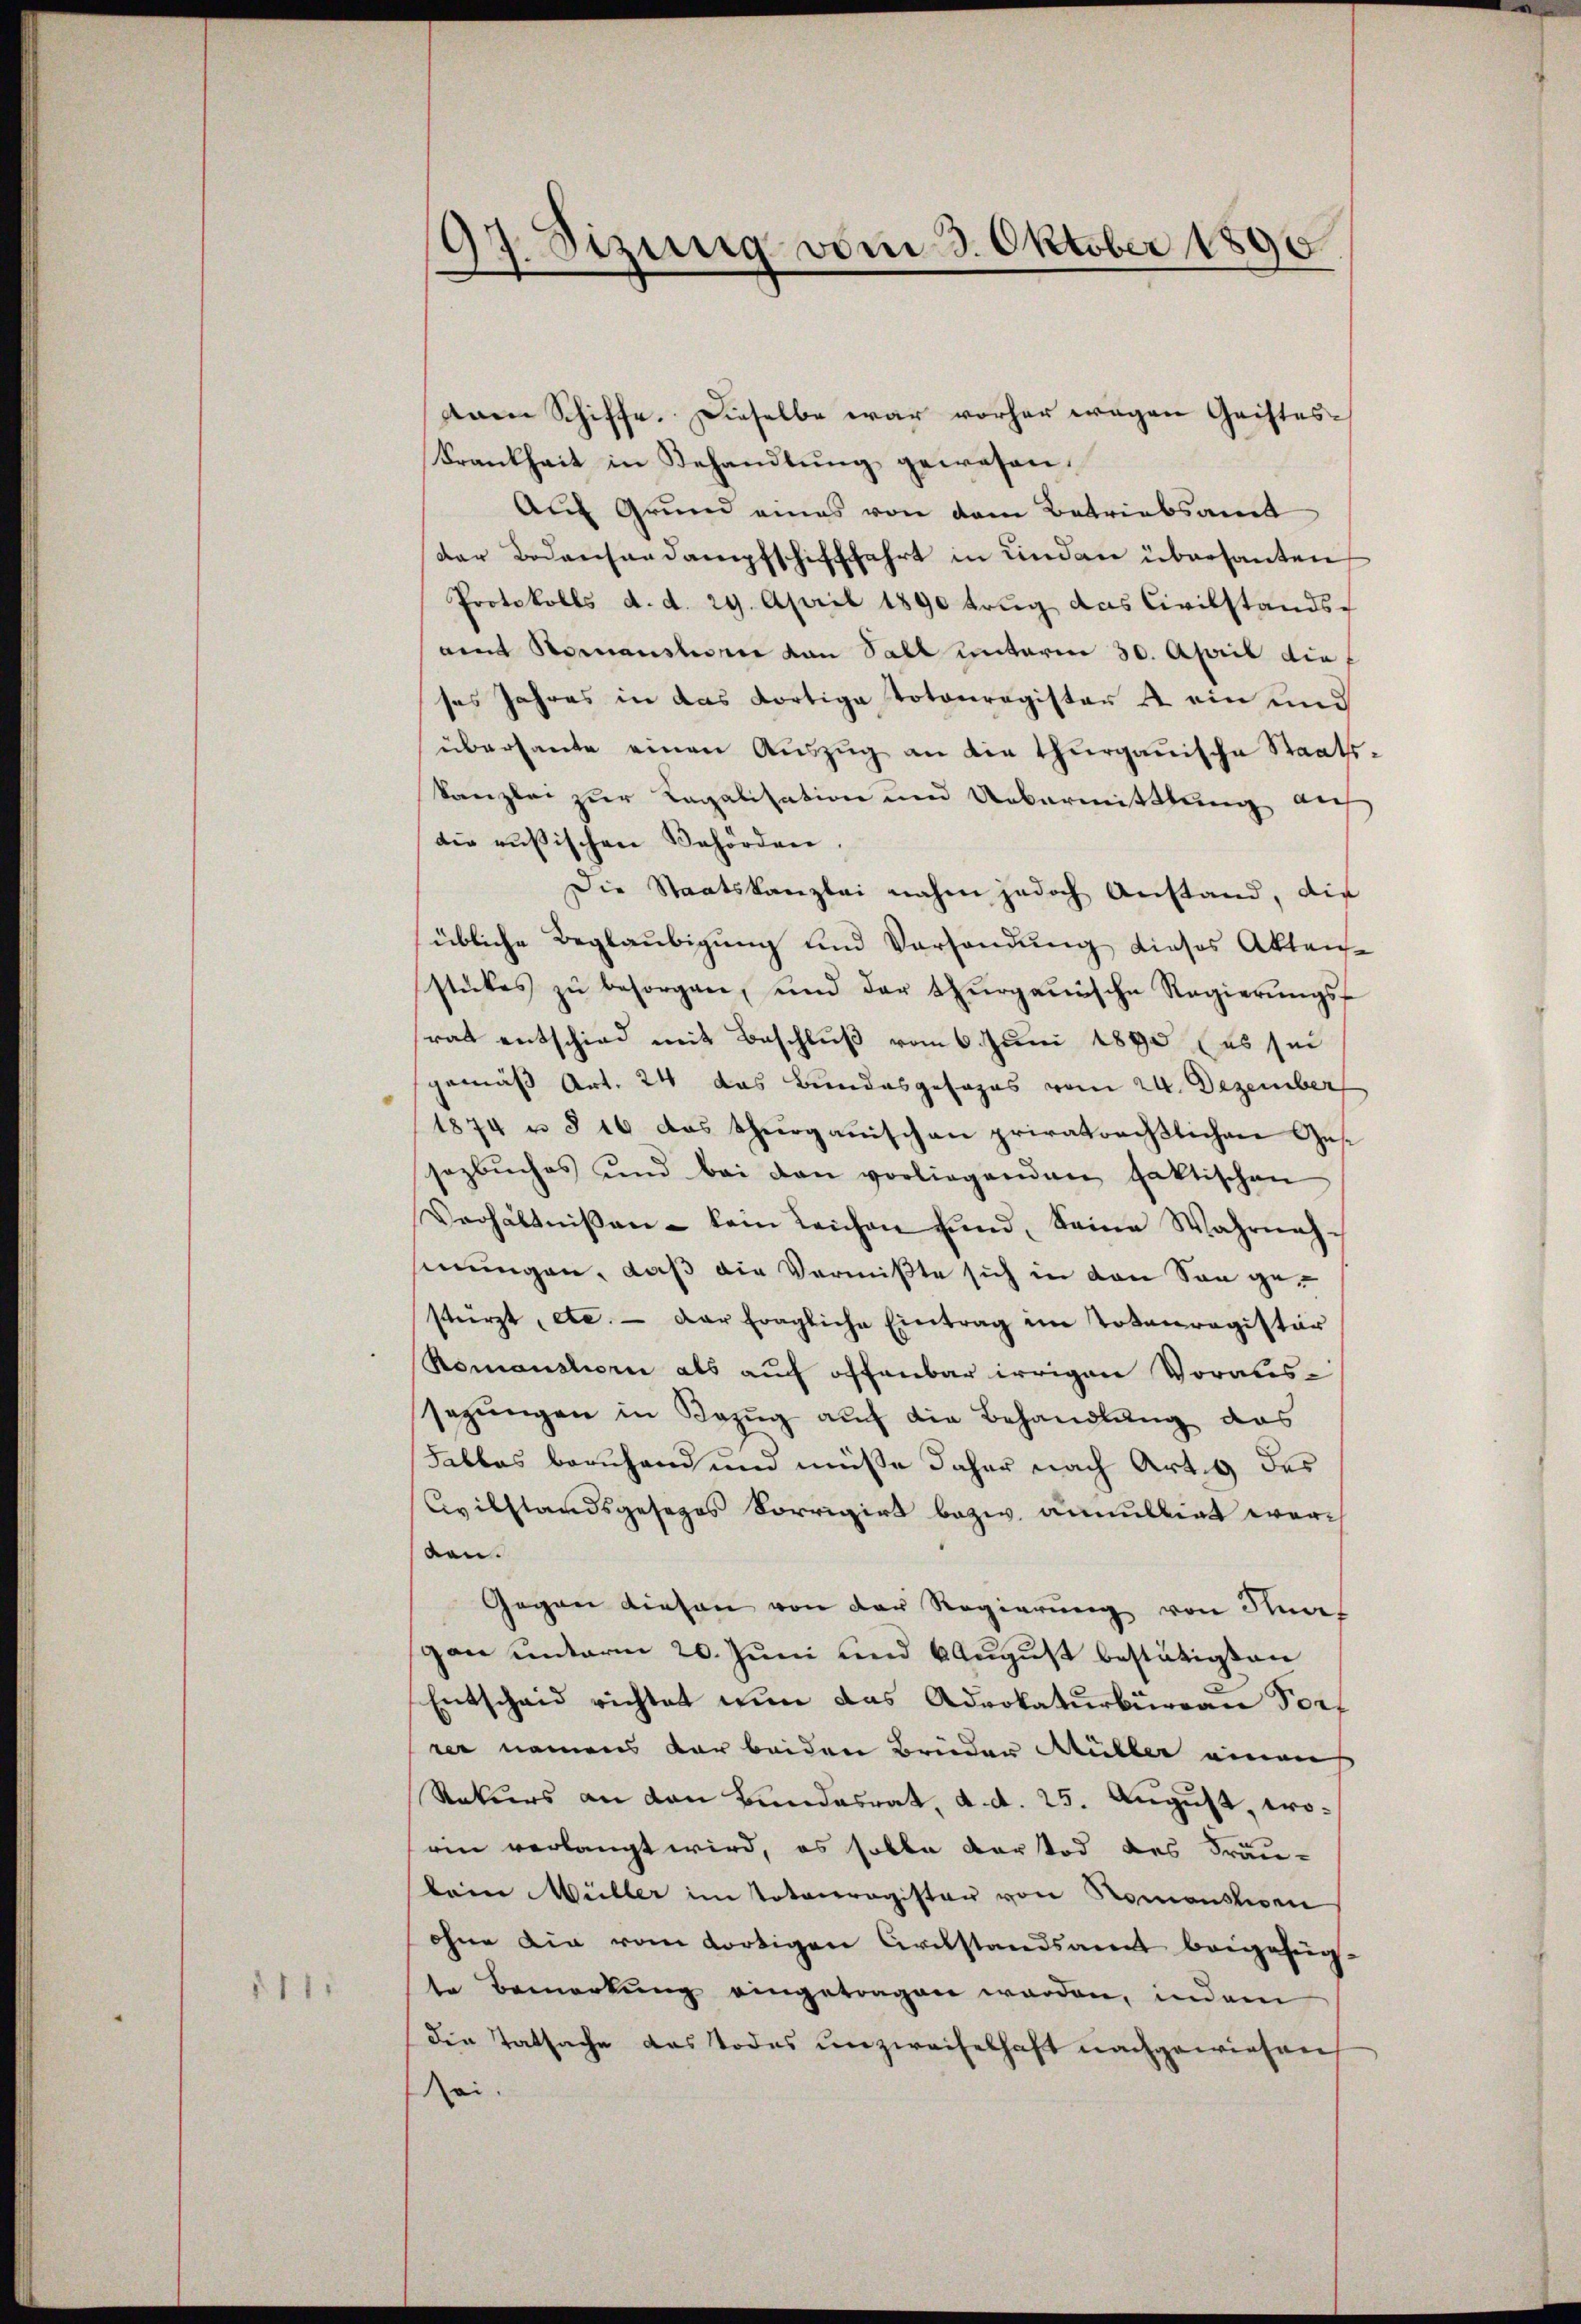
1111

17. Siziig vom 3. Oktober 1890

dam Schiffe. Dieselbe war vorher wegen Geistes-
Frankheit in Behandlung gewesen.
Auf Grund eines von dem Betriebsamt
der Bodensandampfschifffahrt in Linden übersanten
Protokolls d. d. 29. April 1890 trug das Civilstands-
amt Romanstorie von Sall unterm 30. April die f
ses Jahres in das dortige Totonregister u. ein und
übersante einen Aŭszŭg an die thurgauische Staats-
kanzlei zur Legalisation und Uebermittlung auf
die russischen Behörden.
Die Staatskanzlei nahen jedoch Anstand, die
übliche Beglaubigung und Versandung dieses Akten
stückes zŭ besorgen, und der Thurgauische Regierŭngs-
rat entschied mit Beschluß vom 6. Juni 1890 (es sei
gemäß Art. 24 das Bundesgesages vom 24. Dezember
1874 u § 16 das Thurgauischen privatoreβlichen Ges.
sozbŭches und bei den vorliegenden faktischen
Verhältniβen - kein Leichen und Seine Wahrnahsinungen, daß die Vermißte sich in den Son gestürzt, etc. - Der fragliche Eintrag im Totenregister
Romanstorii als auch offenbar irrigen Voraussezungen in Bezug auf die Behandlung das
Falles beruhend um müsse daher nach Art. 9 des
Civilstandsgesezes Vorrigirt bezw. annullirt worben.
Gegen diesen von der Regierung von Kurs
gan unterm 20. Juni und 6 August bestätigten
Entscheid richtet nun das Advokaturbüreau Vorf
rer namens der beiden Brüder Müller einen
Rekurs an den Bundesrat, d. d. 25. August, worin verlangt wird, es solle Kartod des Fräukein Müller im Totenregister von Romonstigen
ohne die vom dortigen Cristandsamt beigefügte Bemerkung eingetragen werden, indem
die Tatsache das Todes unzweifelhaft nachgewiesen
Rei